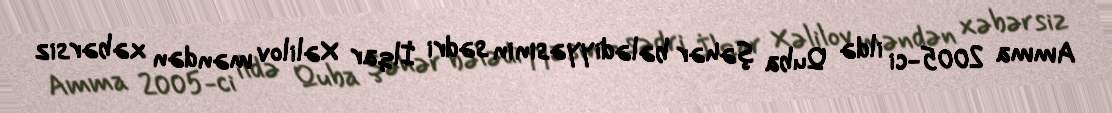
Amma 2005-ci ildə Quba şəhər bələdiyyəsinin sədri İlqar Xəlilov məndən xəbərsiz